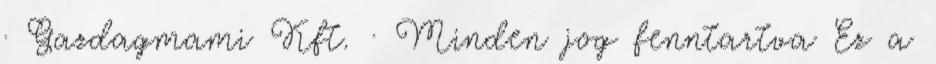
· Gazdagmami Kft. · Minden jog fenntartva Ez a